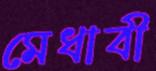
মেধাবী